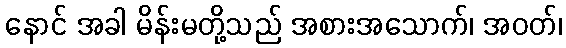
နောင် အခါ မိန်းမတို့သည် အစားအသောက်၊ အဝတ်၊